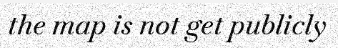
the map is not get publicly